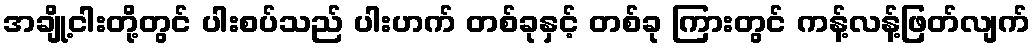
အချို့ငါးတို့တွင် ပါးစပ်သည် ပါးဟက် တစ်ခုနှင့် တစ်ခု ကြားတွင် ကန့်လန့်ဖြတ်လျက်